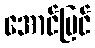
အောင်မြင်